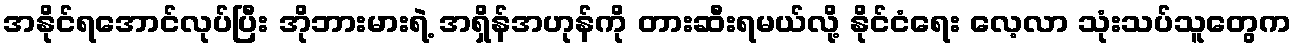
အနိုင်ရအောင်လုပ်ပြီး အိုဘားမားရဲ့ အရှိန်အဟုန်ကို တားဆီးရမယ်လို့ နိုင်ငံရေး လေ့လာ သုံးသပ်သူတွေက